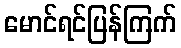
မောင်ရင်ပြန်ကြက်